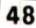
48